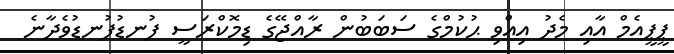
ޕީޕީއެމް އާއި މެދު އިއްވި ޙުކުމްގެ ސަބަބުން ރާއްޖޭގެ ޑިމޮކްރަސީ ފުނޑުފުނޑުވެދާނެ